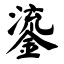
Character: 鎏